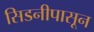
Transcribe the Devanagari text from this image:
सिडनीपासून